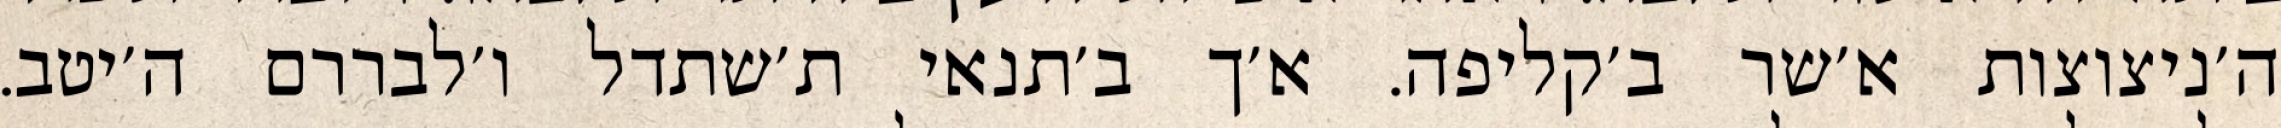
ה׳ניצוצות א׳שר ב׳קליפה. א׳ך ב׳תנאי ת׳שתדל ו׳לבררם ה׳יטב.